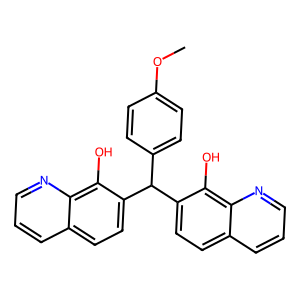
SMILES: COc1ccc(C(c2ccc3cccnc3c2O)c2ccc3cccnc3c2O)cc1
Inhibits HIV replication: No